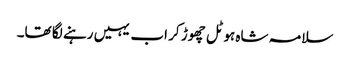
سلامہ شاہ ہوٹل چھوڑ کر اب یہیں رہنے لگا تھا۔